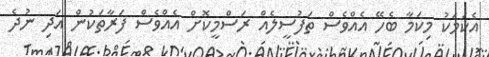
އެކަމަކު މިކަމާ ބެހޭ އެއްވެސް ތަފުސީލެއް ރަސްމީކޮށް އެއްވެސް ފަރާތަކުން އަދި ނުދެ